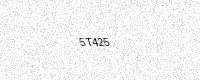
Text: 5T425